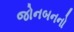
જોનબનનો